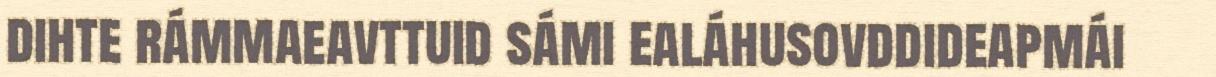
dihte rámmaeavttuid sámi ealáhusovddideapmái